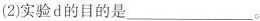
(2)实验d的目的是___。